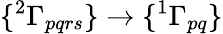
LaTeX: \{ {^{2}\Gamma_{pqrs}}\} \to\{ ^{1}\Gamma_{pq}\}